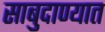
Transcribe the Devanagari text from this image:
साबुदाण्यात